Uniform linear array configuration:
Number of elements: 8
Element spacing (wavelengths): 1
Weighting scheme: kaiser
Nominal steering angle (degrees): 60
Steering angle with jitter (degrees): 60.243
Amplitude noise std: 0.05
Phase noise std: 0.05

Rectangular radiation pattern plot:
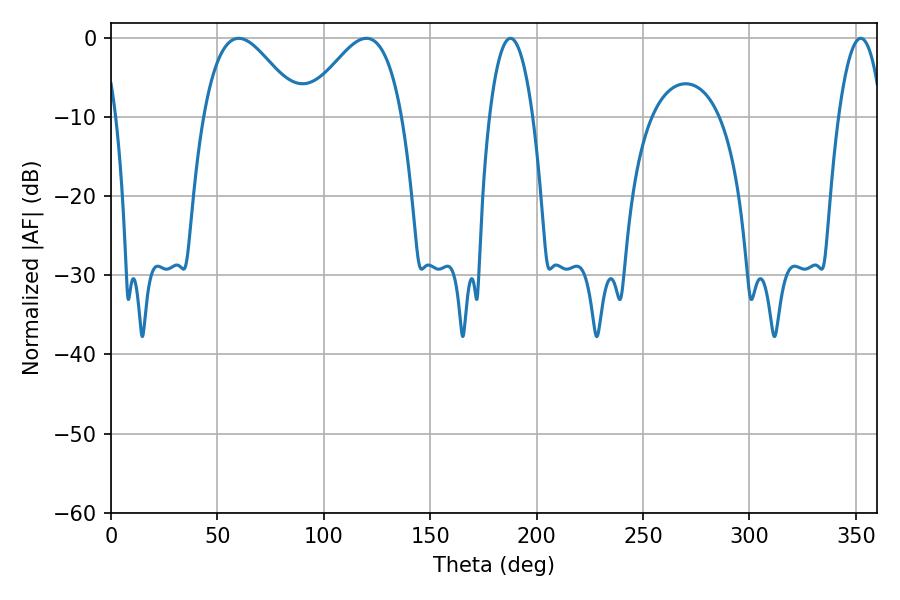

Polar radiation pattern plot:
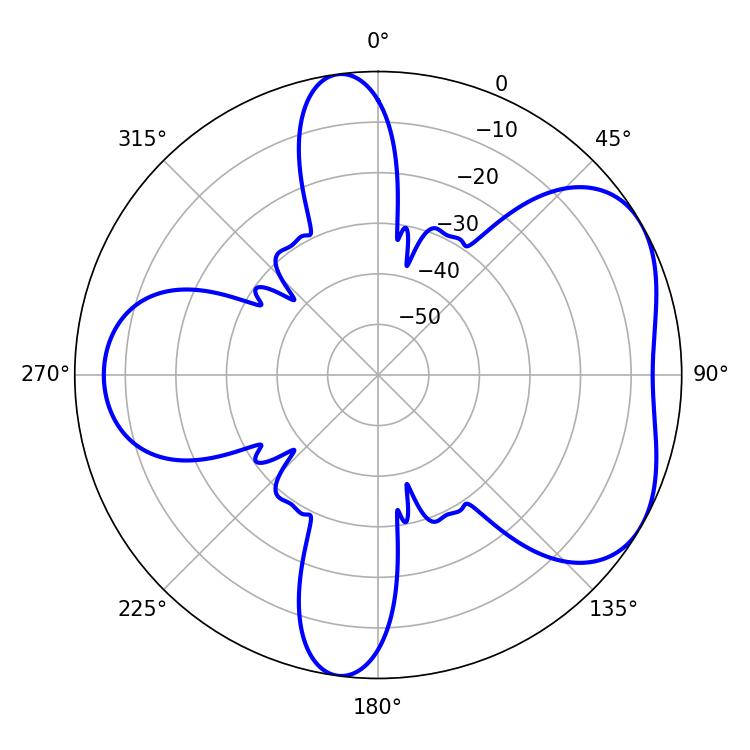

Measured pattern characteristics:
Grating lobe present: TRUE
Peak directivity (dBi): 4.875
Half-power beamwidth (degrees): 24.66
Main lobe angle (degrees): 59.94